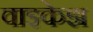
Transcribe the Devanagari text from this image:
वाझ्केझ